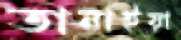
তানাইয়া